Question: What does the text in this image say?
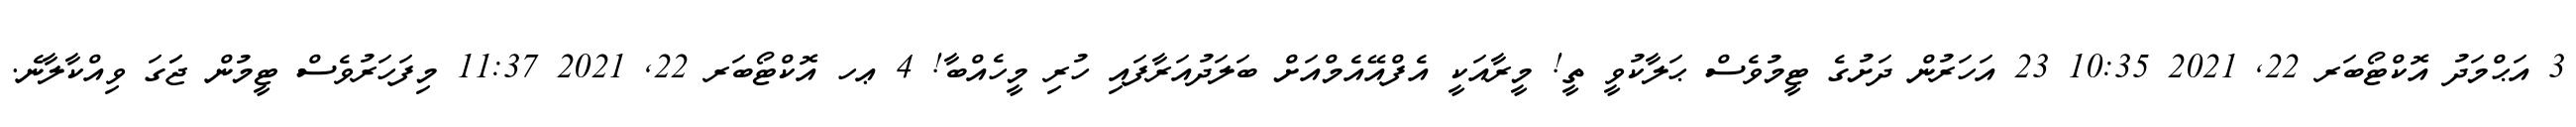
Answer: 3 އަޙްމަދު އޮކްޓޯބަރ 22, 2021 10:35 23 އަހަރުން ދަށުގެ ޓީމުވެސް ޙަލާކުވީ ތީ! މީރާއަކީ އެފްއޭއެމްއަށް ބަލަދުއަރާފައި ހުރި މީހެއްބާ! 4 ޢހ އޮކްޓޯބަރ 22, 2021 11:37 މިފަހަރުވެސް ޓީމުން ޖަަގަ ވިއްކާލާނެ.